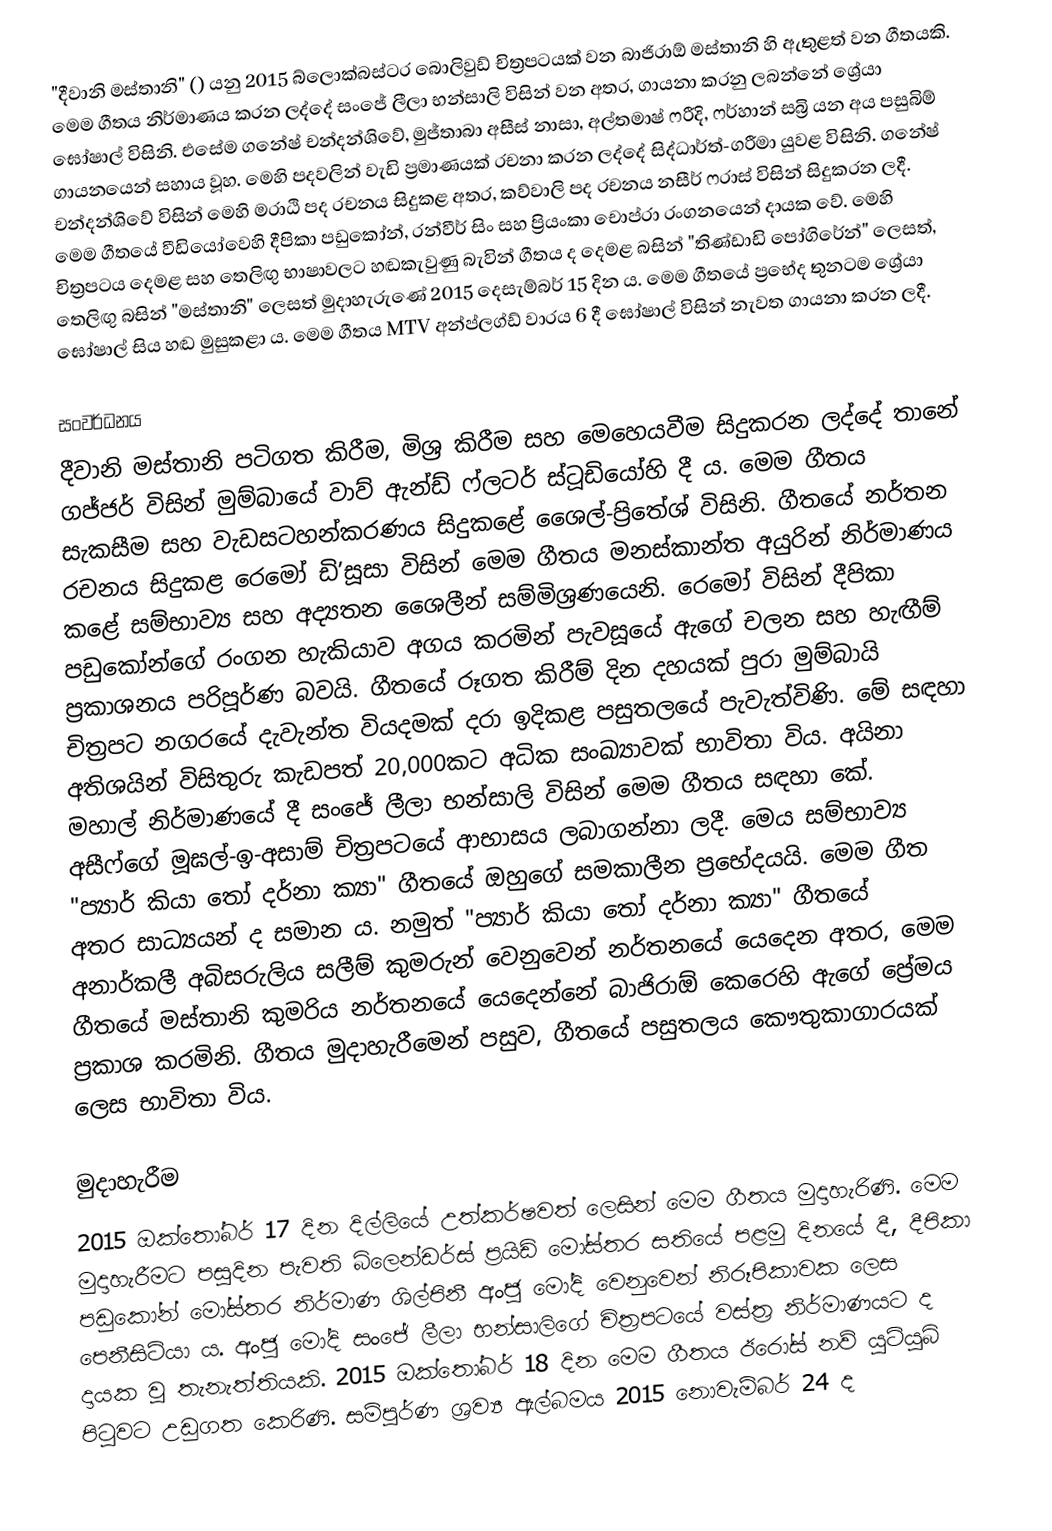
"දීවානි මස්තානි" () යනු 2015 බ්ලොක්බස්ටර බොලිවුඩ් චිත්‍රපට‍යක් වන බාජිරාඕ මස්තානි හි ඇතුළත් වන ගීතයකි. මෙම ගීතය නිර්මාණය කරන ලද්දේ සංජේ ලීලා භන්සාලි විසින් වන අතර, ගායනා කරනු ලබන්නේ ශ්‍රේයා ඝෝෂාල් විසිනි. එසේම ගනේෂ් චන්දන්ශිවේ, මුජ්තාබා අසීස් නාසා, අල්තමාෂ් ෆරීදි, ෆර්හාන් සබ්‍රි යන අය පසුබිම් ගායනයෙන් සහාය වූහ. මෙහි පදවලින් වැඩි ප්‍රමාණයක් රචනා කරන ලද්දේ සිද්ධාර්ත්-ගරීමා යුවළ විසිනි. ගනේෂ් චන්දන්ශිවේ විසින් මෙහි මරාඨි පද රචනය සිදුකළ අතර, කව්වාලි පද රචනය නසීර් ෆරාස් විසින් සිදුකරන ලදී. මෙම ගීතයේ වීඩියෝවෙහි දීපිකා පඩුකෝන්, රන්වීර් සිං සහ ප්‍රියංකා චොප්රා රංගනයෙන් දායක වේ. මෙහි චිත්‍රපටය දෙමළ සහ තෙලිඟු භාෂාවලට හඬකැවුණු බැවින් ගීතය ද දෙමළ බසින් "තිණ්ඩාඩි පෝගිරේන්" ලෙසත්, තෙලිඟු බසින් "මස්තානි" ලෙසත් මුදාහැරුණේ 2015 දෙසැම්බර් 15 දින ය. මෙම ගීතයේ ප්‍රභේද තුනටම ශ්‍රේයා ඝෝෂාල් සිය හඬ මුසුකළා ය. මෙම ගීතය MTV අන්ප්ලග්ඩ් වාරය 6 දී ඝෝෂාල් විසින් නැවත ගායනා කරන ලදී.

සංවර්ධනය
දීවානි මස්තානි පටිගත කිරීම, මිශ්‍ර කිරීම සහ ‍මෙහෙයවීම සිදුකරන ලද්දේ තානේ ගජ්ජර් විසින් මුම්බායේ වාව් ඇන්ඩ් ෆ්ලටර් ස්ටූඩියෝහි දී ය. මෙම ගීතය සැකසීම සහ වැඩසටහන්කරණය සිදුකළේ ශෛල්-ප්‍රිතේශ් විසිනි. ගීතයේ නර්තන රචනය සිදුකළ රෙමෝ ඩි’සූසා විසින් මෙම ගීතය මනස්කාන්ත අයුරින් නිර්මාණය කළේ සම්භාව්‍ය සහ අද්‍යතන ශෛලීන් සම්මිශ්‍රණයෙනි. රෙමෝ විසින් දීපිකා පඩුකෝන්ගේ රංගන හැකියාව අගය කරමින් පැවසූයේ ඇගේ චලන සහ හැඟීම් ප්‍රකාශනය පරිපූර්ණ බවයි. ගීතයේ රූගත කිරීම් දින දහයක් පුරා මුම්බායි චිත්‍රපට නගරයේ දැවැන්ත වියදමක් දරා ඉදිකළ පසුතලයේ පැවැත්විණි. මේ සඳහා අතිශයින් විසිතුරු කැඩපත් 20,000කට අධික සංඛ්‍යාවක් භාවිතා විය. අයිනා මහාල් නිර්මාණයේ දී සංජේ ලීලා භන්සාලි විසින් මෙම ගීතය සඳහා කේ. අසී‍ෆ්ගේ මූඝල්-ඉ-අසාම් චිත්‍රපටයේ ආභාසය ලබාගන්නා ලදී. මෙය සම්භාව්‍ය "ප්‍යාර් කියා තෝ දර්නා ක්‍යා" ගීතයේ ඔහුගේ සමකාලීන ප්‍රභේදයයි. මෙම ගීත අතර සාධ්‍යයන් ද සමාන ය. නමුත් "ප්‍යාර් කියා තෝ දර්නා ක්‍යා" ගීතයේ අනාර්කලී අබිසරුලිය සලීම් කුමරුන් වෙනුවෙන් නර්තනයේ යෙදෙන අතර, මෙම ගීතයේ මස්තානි කුමරිය නර්තනයේ යෙදෙන්නේ බාජිරාඕ කෙරෙහි ඇගේ ප්‍රේමය ප්‍රකාශ කරමිනි. ගීතය මුදාහැරීමෙන් පසුව, ගීතයේ පසුතලය කෞතුකාගාරයක් ලෙස භාවිතා විය.

මුදාහැරීම
2015 ඔක්තෝබර් 17 දින දිල්‍ලියේ උත්කර්ෂවත් ලෙසින් මෙම ගීතය මුදාහැරිණි. මෙම මුදාහැරීමට පසුදින පැවති බ්ලෙන්ඩර්ස් ප්‍රයිඩ් මෝස්තර සතියේ පළමු දිනයේ දී, දීපිකා පඩුකෝන් මෝස්තර නිර්මාණ ශිල්පිනී අංජු මෝදි වෙනුවෙන් නිරූපිකාවක ලෙස පෙනීසිටියා ය. අංජු මෝදි සංජේ ලීලා භන්සාලිගේ චිත්‍රපටයේ වස්ත්‍ර නිර්මාණයට ද දායක වූ තැනැත්තියකි. 2015 ඔක්තෝබර් 18 දින මෙම ගීතය ඊරෝස් නව් යූටියුබ් පිටුවට උඩුගත කෙරිණි. සම්පූර්ණ ශ්‍රව්‍ය ඇල්බමය 2015 නොවැම්බර් 24 ද